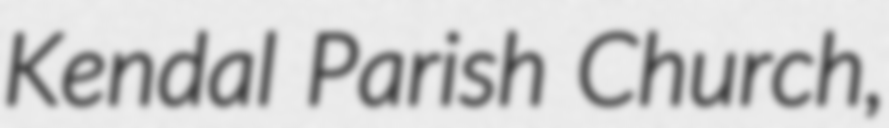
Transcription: Kendal Parish Church,